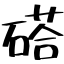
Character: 𥔽